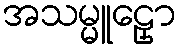
အသမ္မူဠှော